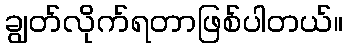
ချွတ်လိုက်ရတာဖြစ်ပါတယ်။